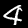
Digit: 4